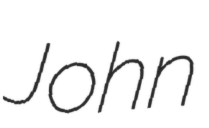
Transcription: John